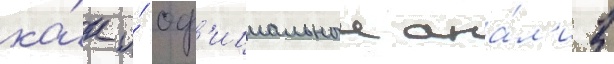
ка́к и́ оф'ициальныи ана́л'из